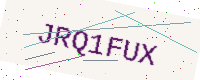
Text: JRQ1FUX